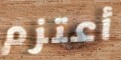
أعتزم